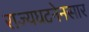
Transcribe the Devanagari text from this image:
राज्यघटनेनसार